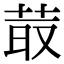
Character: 𦮆